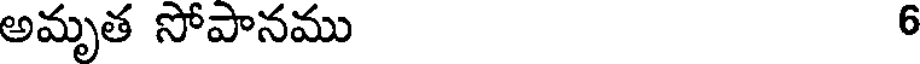
అమృత సోపానము 6